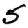
Digit: 5